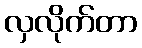
လှလိုက်တာ